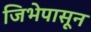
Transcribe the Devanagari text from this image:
जिभेपासून